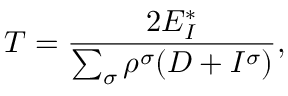
T = \frac { 2 E _ { I } ^ { * } } { \sum _ { \sigma } \rho ^ { \sigma } ( D + I ^ { \sigma } ) } ,